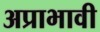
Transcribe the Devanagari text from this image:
अप्राभावी